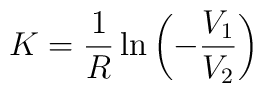
K=\frac{1}{R}\ln\left( -\frac{V_1}{V_2}\right)